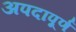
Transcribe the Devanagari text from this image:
अपदापूर्ण